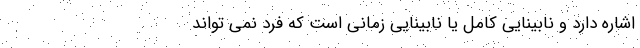
اشاره دارد و نابینایی کامل یا نابینایی زمانی است که فرد نمی تواند